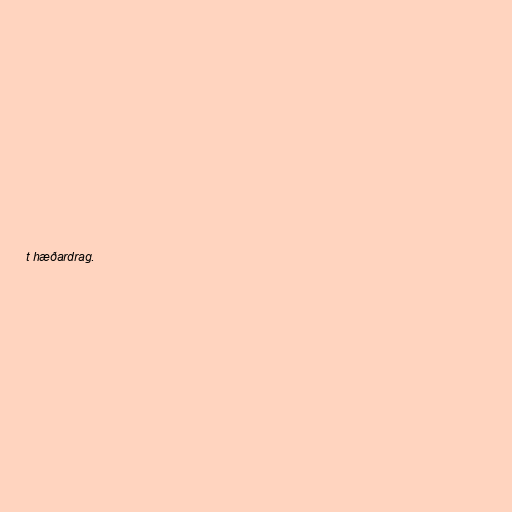
t hæðardrag.